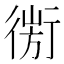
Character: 𢕅